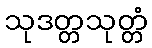
သုဒတ္တသုတ္တံ